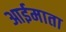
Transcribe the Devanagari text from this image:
आईमाता